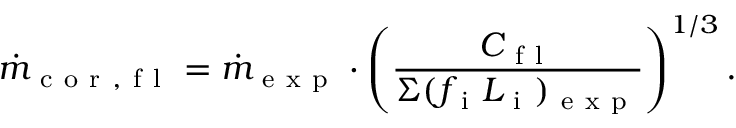
\dot { m } _ { \mathrm { ~ c ~ o ~ r ~ , ~ f ~ l ~ } } = \dot { m } _ { \mathrm { ~ e ~ x ~ p ~ } } \cdot \left( \frac { C _ { \mathrm { ~ f ~ l ~ } } } { \Sigma ( f _ { \mathrm { ~ i ~ } } L _ { \mathrm { ~ i ~ } } ) _ { \mathrm { ~ e ~ x ~ p ~ } } } \right) ^ { 1 / 3 } .